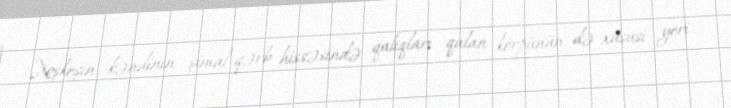
Xoşkeşin kəndinin şimal-qərb hissəsində qalıqları qalan körpünün də xüsusi yeri